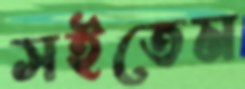
সইতেম